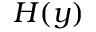
H ( y )